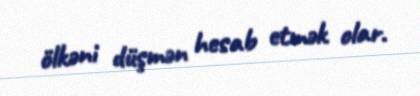
ölkəni düşmən hesab etmək olar.